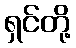
ရှင်တို့